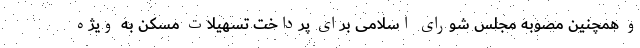
و همچنین مصوبه مجلس شورای اسلامی برای پرداخت تسهیلات مسکن به ویژه